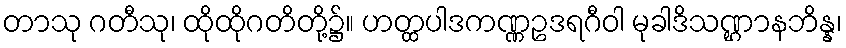
တာသု ဂတီသု၊ ထိုထိုဂတိတို့၌။ ဟတ္ထပါဒကဏ္ဏဥဒရဂီဝါ မုခါဒိသဏ္ဌာနဘိန္န၊